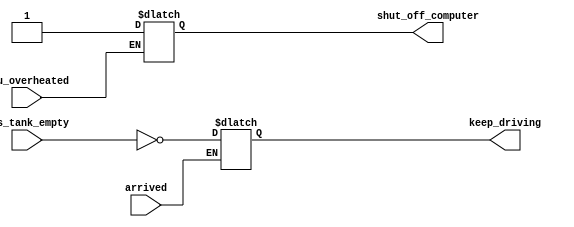
// The following code contains incorrect behaviour that creates a latch. 
// Fix the bugs so that you will shut off the computer only if it's really overheated, 
// and stop driving if you've arrived at your destination or you need to refuel.

// This is the circuit described by the code, not the circuit you want to build.

// synthesis verilog_input_version verilog_2001
module top_module (
    input      cpu_overheated,
    output reg shut_off_computer,
    input      arrived,
    input      gas_tank_empty,
    output reg keep_driving  ); //

    // Fix the bug in teh following code
    
    always @(*) begin
        if (cpu_overheated)
           shut_off_computer = 1;
    end

    always @(*) begin
        if (~arrived)
           keep_driving = ~gas_tank_empty;
    end

endmodule